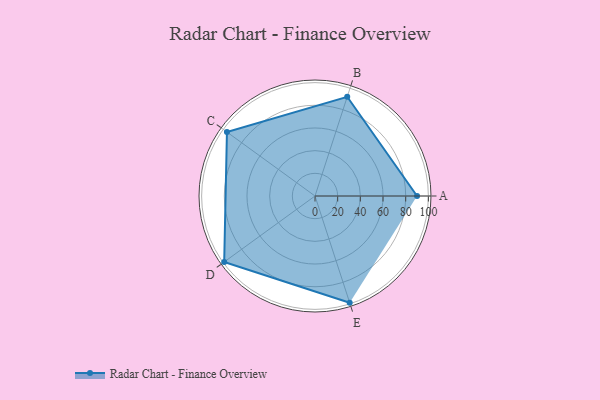
{"axis": {"x": "Skill", "y": "Score"}, "legend": ["Profile"], "data": [{"x": "A", "y": 90.0, "type": "Profile"}, {"x": "B", "y": 92.0, "type": "Profile"}, {"x": "C", "y": 96.0, "type": "Profile"}, {"x": "D", "y": 99, "type": "Profile"}, {"x": "E", "y": 99, "type": "Profile"}]}